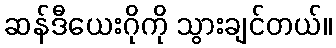
ဆန်ဒီယေးဂိုကို သွားချင်တယ်။